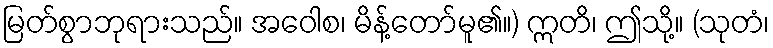
မြတ်စွာဘုရားသည်။ အဝေါစ၊ မိန့်တော်မူ၏။) ဣတိ၊ ဤသို့။ (သုတံ၊